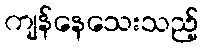
ကျန်နေသေးသည့်